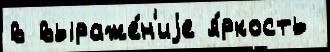
в выраже́н'иjе я́ркость